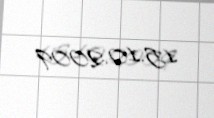
15.10.2009